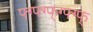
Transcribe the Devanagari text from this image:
फ्ग्फ्ग्फ्ग्फ्ग्फ्